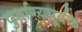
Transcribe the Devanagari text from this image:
दुर्भाग्यपूर्वक